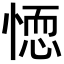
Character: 𭝼